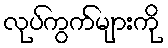
လုပ်ကွက်များကို